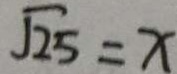
\sqrt { 2 5 } = x